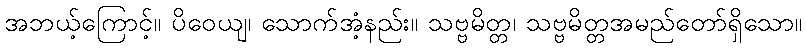
အဘယ့်ကြောင့်။ ပိဝေယျ၊ သောက်အံ့နည်း။ သဗ္ဗမိတ္တ၊ သဗ္ဗမိတ္တအမည်တော်ရှိသော။